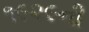
૧૯૨૯ની